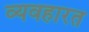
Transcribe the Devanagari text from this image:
व्‍यवहारत